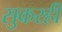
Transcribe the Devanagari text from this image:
सुकरही